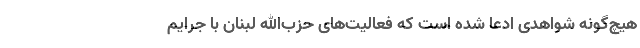
هیچ‌گونه شواهدی ادعا شده است که فعالیت‌های حزب‌الله لبنان با جرایم